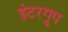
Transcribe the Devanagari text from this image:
इंटरग्रूप